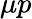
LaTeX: \mu p